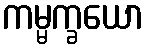
ကမ္မက္ခယော